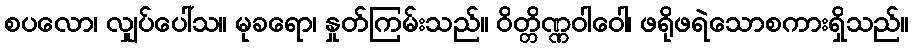
စပလော၊ လျှပ်ပေါ်သ။ မုခရော၊ နှုတ်ကြမ်းသည်။ ဝိတ္တိဏ္ဏဝါဝေါ၊ ဖရိုဖရဲသောစကားရှိသည်။